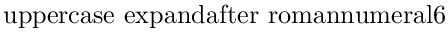
\mathrm { { \ u p p e r c a s e \ e x p a n d a f t e r { \ r o m a n n u m e r a l 6 } } }